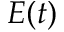
E ( t )